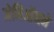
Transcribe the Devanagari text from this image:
जेनिऑनने